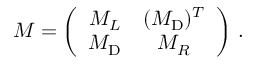
M = \left( \begin{array} { c c } { { \displaystyle M _ { L } \null } } & { { \null \displaystyle ( M _ { \mathrm { D } } ) ^ { T } } } \\ { { \displaystyle M _ { \mathrm { D } } \null } } & { { \null \displaystyle M _ { R } } } \end{array} \right) \, .